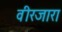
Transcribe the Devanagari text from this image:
वीरजारा